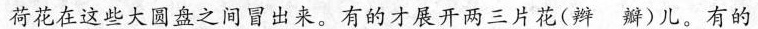
荷花在这些大圆盘之间冒出来。有的才展开两三片花(辫 瓣)儿。有的